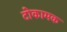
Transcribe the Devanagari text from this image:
टोकामक